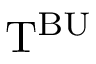
\mathrm { T } ^ { \mathrm { B U } }